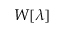
W [ \lambda ]